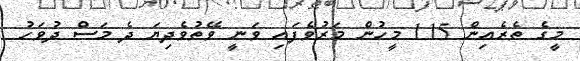
މީގެ ތެރެއިން 115 މީހުން މަރުވެފައި ވަނީ ވޭތުވެދިޔަ ދެ މަސް ދުވަހު